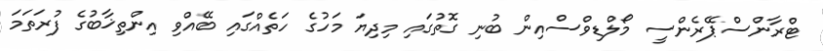
ޓްރާންސްޕޭރެންސީ މޯލްޑިވްސްއިން ބުނި ގޮތުގައި މިދިޔަ މަހުގެ ހަތެއްގައި ބޭއްވި އިންތިޚާބުގެ ފުރަތަމަ